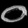
Digit: ၀